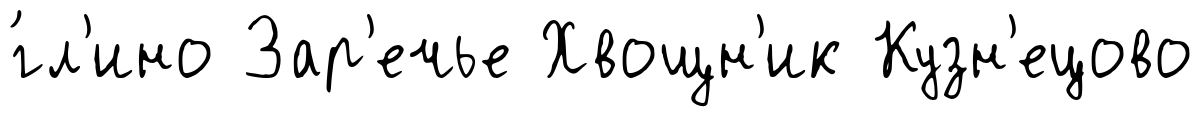
́гл'ино Зар'ечье Хвощн'ик Кузн'ецово